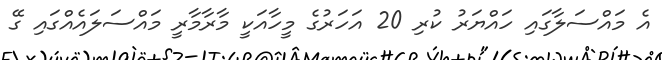
އެ މައްސަލާގައި ހައްޔަރު ކުރި 20 އަހަރުގެ މީހާއަކީ މާރާމާރީ މައްސަލައެއްގައި ގޭ